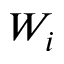
W _ { i }